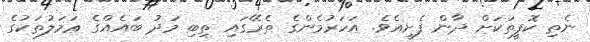
ނެތި ކޮފީތަކަށް ދާން ފެށީއެވެ. އަހަރުމެންގެ ތެރޭގައި ތިބި މަދު ބައެއްގެ ޢަމަލުތަކުގެ